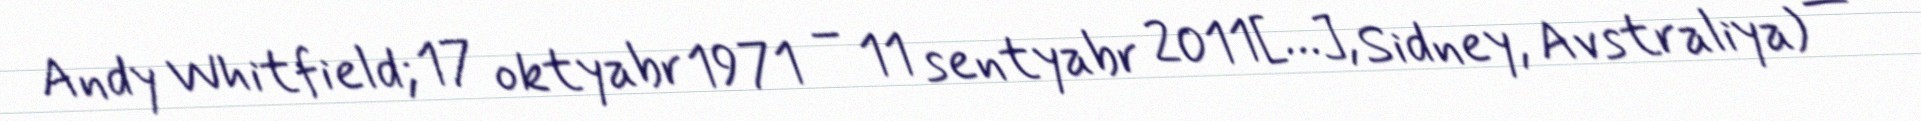
Andy Whitfield; 17 oktyabr 1971 – 11 sentyabr 2011[…], Sidney, Avstraliya) —